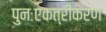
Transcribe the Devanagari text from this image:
पुनःएकत्रीकरण